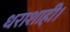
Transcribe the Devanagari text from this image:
धराशाही।